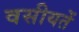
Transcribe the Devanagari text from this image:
वसीयतें